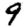
Digit: 9